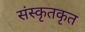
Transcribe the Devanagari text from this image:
संस्कृतकृत